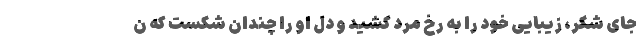
جای شُکر، زیبایی خود را به رخ مرد کشید و دل او را چندان شکست که ن